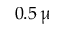
0 . 5 \, \upmu